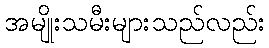
အမျိုးသမီးများသည်လည်း